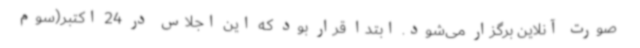
صورت آنلاین برگزار می‌شود. ابتدا قرار بود که این اجلاس در 24 اکتبر(سوم